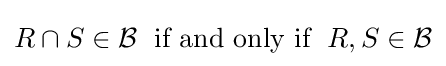
R\cap S\in {\mathcal {B}}\;{\text{ if and only if }}\;R,S\in {\mathcal {B}}